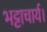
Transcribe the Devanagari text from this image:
भट्टाचार्य।